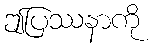
ဤပြဿနာကို